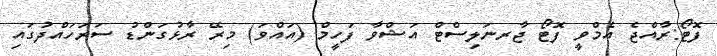
ފޮޓޯ:ރާއްޖެ އެމްވީ ފޮޓޯ ޖާރނަލިސްޓް އަޝްވާ ފަހީމް (އައްވަ) މިރޭ ރާޅުގަންޑު ސަރަހައްދުގައި